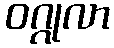
ဝဂ္ဂုလာ